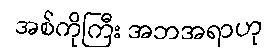
အစ်ကိုကြီး အဘအရာဟု